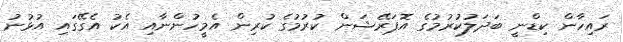
ރައިހާން ކިޑްނީ ބަދަލުކުރުމުގެ އޮޕަރޭޝަން ކުރުމުގެ ކުރިން އެމީހުންނާއި އެކު އެގޭގައި އުޅުނު